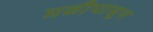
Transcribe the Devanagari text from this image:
मळीपासून